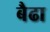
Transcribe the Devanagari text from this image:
बैढा